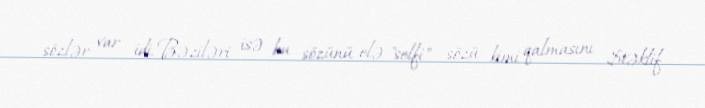
sözlər var idi. Bəziləri isə bu sözünü elə "selfi" sözü kimi qalmasını $təklif